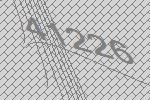
41226